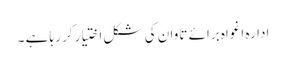
ادارہ اغواہ برائے تاوان کی شکل اختیار کر رہا ہے ۔